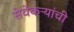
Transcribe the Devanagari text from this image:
सेवेकऱ्यांची